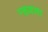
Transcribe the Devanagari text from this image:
न्हवणा